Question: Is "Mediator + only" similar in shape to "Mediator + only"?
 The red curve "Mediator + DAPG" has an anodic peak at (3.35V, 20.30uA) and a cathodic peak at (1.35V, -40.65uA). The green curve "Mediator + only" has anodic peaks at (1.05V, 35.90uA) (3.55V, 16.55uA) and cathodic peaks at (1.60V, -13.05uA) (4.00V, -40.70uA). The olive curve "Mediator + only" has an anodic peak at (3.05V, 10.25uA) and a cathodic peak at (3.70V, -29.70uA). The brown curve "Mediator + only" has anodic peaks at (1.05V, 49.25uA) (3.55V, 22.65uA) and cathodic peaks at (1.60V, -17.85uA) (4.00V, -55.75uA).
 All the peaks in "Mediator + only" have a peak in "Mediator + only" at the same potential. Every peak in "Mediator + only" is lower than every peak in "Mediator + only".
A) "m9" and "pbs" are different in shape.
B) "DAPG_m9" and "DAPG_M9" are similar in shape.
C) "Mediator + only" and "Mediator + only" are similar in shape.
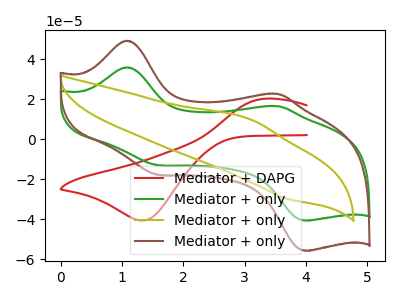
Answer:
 <answer>C) "Mediator + only" and "Mediator + only" are similar in shape.</answer>
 <eval>C</eval>